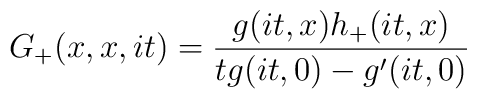
G_+(x,x,it)=\frac{g(it,x)h_+(it,x)}{tg(it,0)-g^\prime(it,0)}